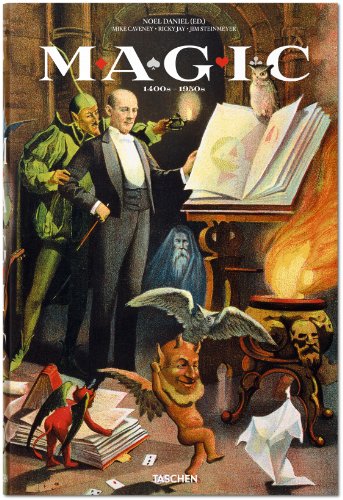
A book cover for Magic: 1400s-1950s; Mike Caveney; Humor & Entertainment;